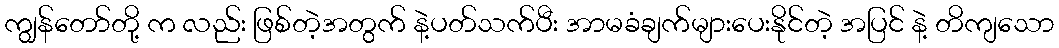
ကျွန်တော်တို့ က လည်း ဖြစ်တဲ့အတွက် နဲ့ပတ်သက်ပီး အာမခံချက်များပေးနိုင်တဲ့ အပြင် နဲ့ တိကျသော